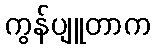
ကွန်ပျူတာက